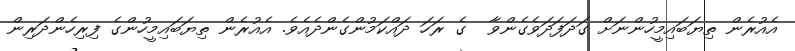
އެއުރެން ތިޔަބައިމީހުންނަށް ގަދަފަދަވެގެންވާ  ގެ ރަހަ ދައްކަމުންގެންދެއެވެ. އެއުރެން ތިޔަބައިމީހުންގެ ފިރިހެންދަރިން